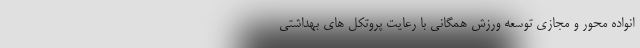
انواده محور و مجازی توسعه ورزش همگانی با رعایت پروتکل های بهداشتی